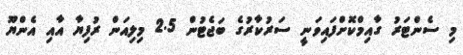
މި ސެންޓަރު ގާއިމްކޮށްފައިވަނީ ސަރުކާރުގެ ބަޖެޓުން 2.5 މިލިއަން ރުފިޔާ އާއި އެންޔޫ